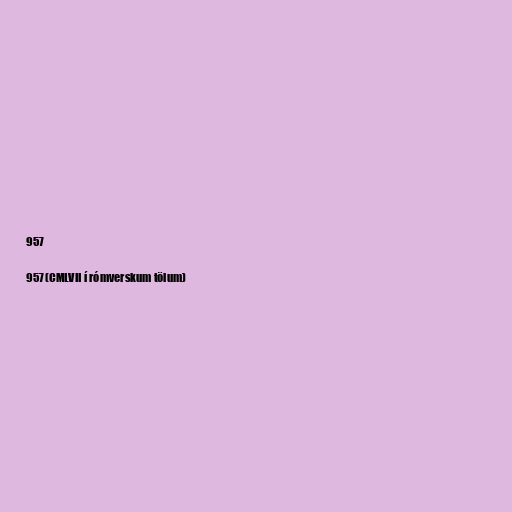
957

957 (CMLVII í rómverskum tölum)